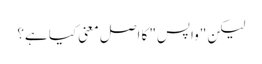
لیکن "واپس" کا اصل معنی کیا ہے؟